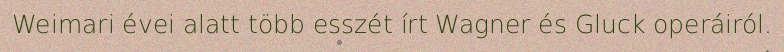
Weimari évei alatt több esszét írt Wagner és Gluck operáiról.